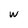
Character: w